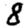
Digit: 8